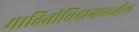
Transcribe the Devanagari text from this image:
माहितीविदागारातील